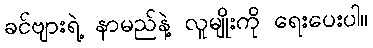
ခင်ဗျားရဲ့ နာမည်နဲ့ လူမျိုးကို ရေးပေးပါ။